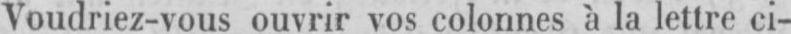
Voudriez-vous ouvrir vos colonnes à la lettre ci-